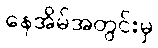
နေအိမ်အတွင်းမှ